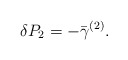
\begin{align*}\delta P_2=-\bar \gamma ^{(2)}.\end{align*}